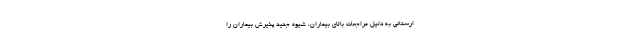
ارستانی به دلیل مراجعات بالای بیماران، شیوه جدید پذیرش بیماران را